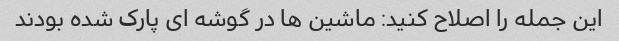
این جمله را اصلاح کنید: ماشین ها در گوشه ای پارک شده بودند